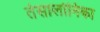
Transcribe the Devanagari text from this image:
तेसालोनिका